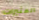
المثيرات